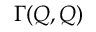
\Gamma ( Q , Q )